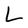
Character: L